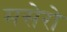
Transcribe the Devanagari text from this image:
मसेरो